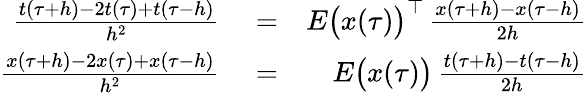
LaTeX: \begin{array}{rlr}{\frac{t(\tau+h)-2t(\tau)+t(\tau-h)}{h^{2}}}&{{}=}&{E\bigl(x(\tau)\bigr)^{\top}\, \frac{x(\tau+h)-x(\tau-h)}{2h}}\\ {\frac{x(\tau+h)-2x(\tau)+x(\tau-h)}{h^{2}}}&{{}=}&{E\bigl(x(\tau)\bigr)\, \frac{t(\tau+h)-t(\tau-h)}{2h}}\end{array}